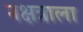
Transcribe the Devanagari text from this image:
नक्षत्राला